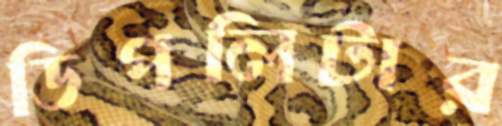
ডিপলিটার